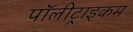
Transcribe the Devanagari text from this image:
पॉलीट्राइकम